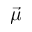
\vec { \mu }